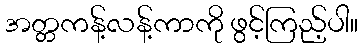
အတ္တကန့်လန့်ကာကို ဖွင့်ကြည့်ပါ။